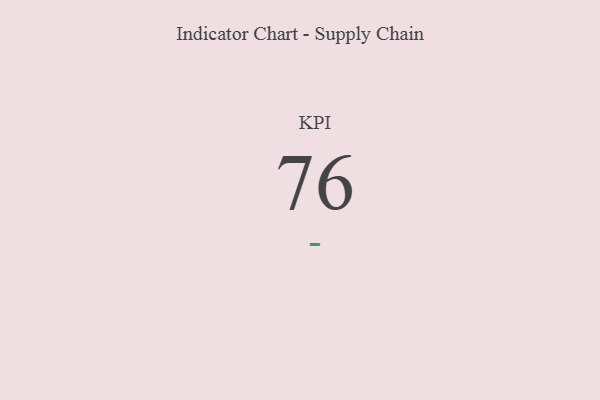
{"axis": {"x": "KPI", "y": "Value"}, "legend": [""], "data": [{"x": "KPI", "y": 76, "type": ""}]}